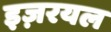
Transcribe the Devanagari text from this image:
इज़रयल